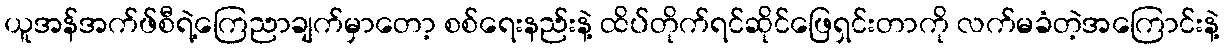
ယူအန်အက်ဖ်စီရဲ့ကြေညာချက်မှာတော့ စစ်ရေးနည်းနဲ့ ထိပ်တိုက်ရင်ဆိုင်ဖြေရှင်းတာကို လက်မခံတဲ့အကြောင်းနဲ့